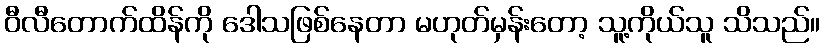
ဝီလီတောက်ထိန်ကို ဒေါသဖြစ်နေတာ မဟုတ်မှန်းတော့ သူ့ကိုယ်သူ သိသည်။